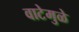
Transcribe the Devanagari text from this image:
वाटेमुळे